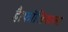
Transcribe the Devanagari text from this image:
है।फॉलिकल्स